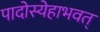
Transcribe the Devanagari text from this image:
पादोस्येहाभवत्